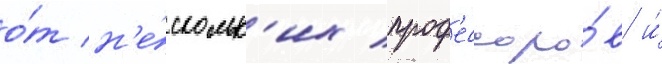
о́т н'е́скольк'их проф'ессоро́в и́